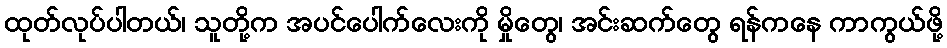
ထုတ်လုပ်ပါတယ်၊ သူတို့က အပင်ပေါက်လေးကို မှိုတွေ၊ အင်းဆက်တွေ ရန်ကနေ ကာကွယ်ဖို့